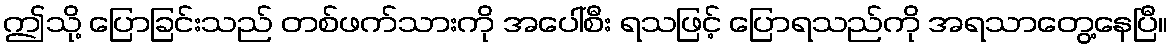
ဤသို့ ပြောခြင်းသည် တစ်ဖက်သားကို အပေါ်စီး ရသဖြင့် ပြောရသည်ကို အရသာတွေ့နေပြီ။